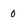
Character: 0